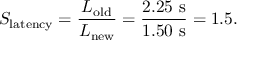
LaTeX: S _ { \mathrm { l a t e n c y } } = { \frac { L _ { \mathrm { o l d } } } { L _ { \mathrm { n e w } } } } = { \frac { 2 . 2 5 ~ \mathrm { s } } { 1 . 5 0 ~ \mathrm { s } } } = 1 . 5 .